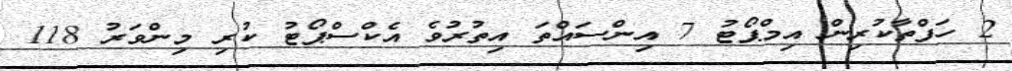
2 ހަފްތާކުރިން އިމްޕޯޓު 7 އިންސައްތަ އިތުރުވެ އެކްސްޕޯޓު ކުރި މިންވަރު 118